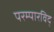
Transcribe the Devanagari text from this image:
परम्पारविद्